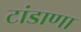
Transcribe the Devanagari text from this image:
टांडाणा